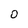
Character: 0